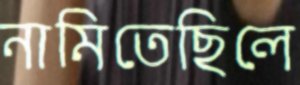
নামিতেছিলে